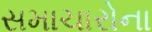
સમાચારોના